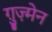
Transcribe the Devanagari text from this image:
ग़ुज़्मेन